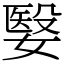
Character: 嫛